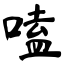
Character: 嗑